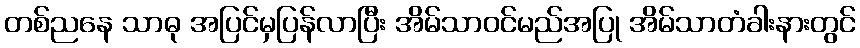
တစ်ညနေ သာဓု အပြင်မှပြန်လာပြီး အိမ်သာဝင်မည်အပြု အိမ်သာတံခါးနားတွင်